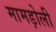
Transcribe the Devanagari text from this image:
मामड़ोली